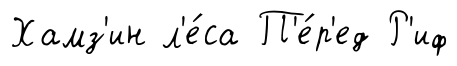
Хамз'ин л'е́са П'е́р'ед Р'иф